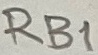
Text: RB1